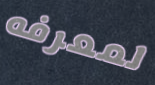
لمعرفه